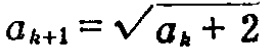
\(a_{k + 1} = \sqrt{a_{k} + 2}\)